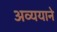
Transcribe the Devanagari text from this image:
अव्ययाने